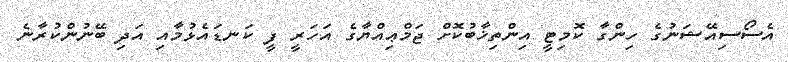
އެސޯސިއޭޝަނުގެ ހިންގާ ކޮމިޓީ އިންތިޚާބުކޮށް ޖަމްޢިއްޔާގެ އަހަރީ ފީ ކަނޑައެޅުމާއި އަދި ބޭނުންކުރާނެ